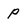
Character: P